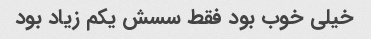
خیلی خوب بود فقط سسش یکم زیاد بود